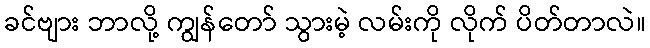
ခင်ဗျား ဘာလို့ ကျွန်တော် သွားမဲ့ လမ်းကို လိုက် ပိတ်တာလဲ။